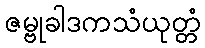
ဇမ္ဗုခါဒကသံယုတ္တံ